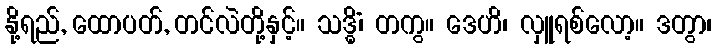
နို့ရည်, ထောပတ်, တင်လဲတို့နှင့်။ သဒ္ဓိံ၊ တကွ။ ဒေဟိ၊ လှူရစ်လော့။ ဒတွာ၊